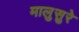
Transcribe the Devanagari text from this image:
मालुसुरे